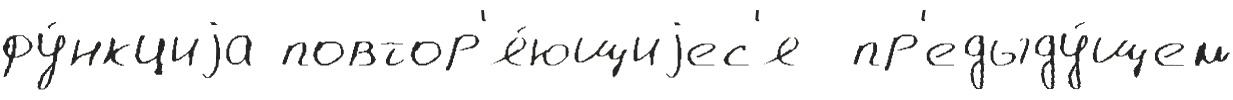
фу́нкциjа повтор'я́ющиjес'я  пр'едыду́щем